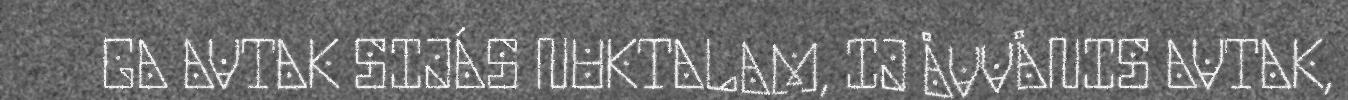
GA AVTAK SIJÁS NUKTALAM, IJ ÅVVÅNIS AVTAK,